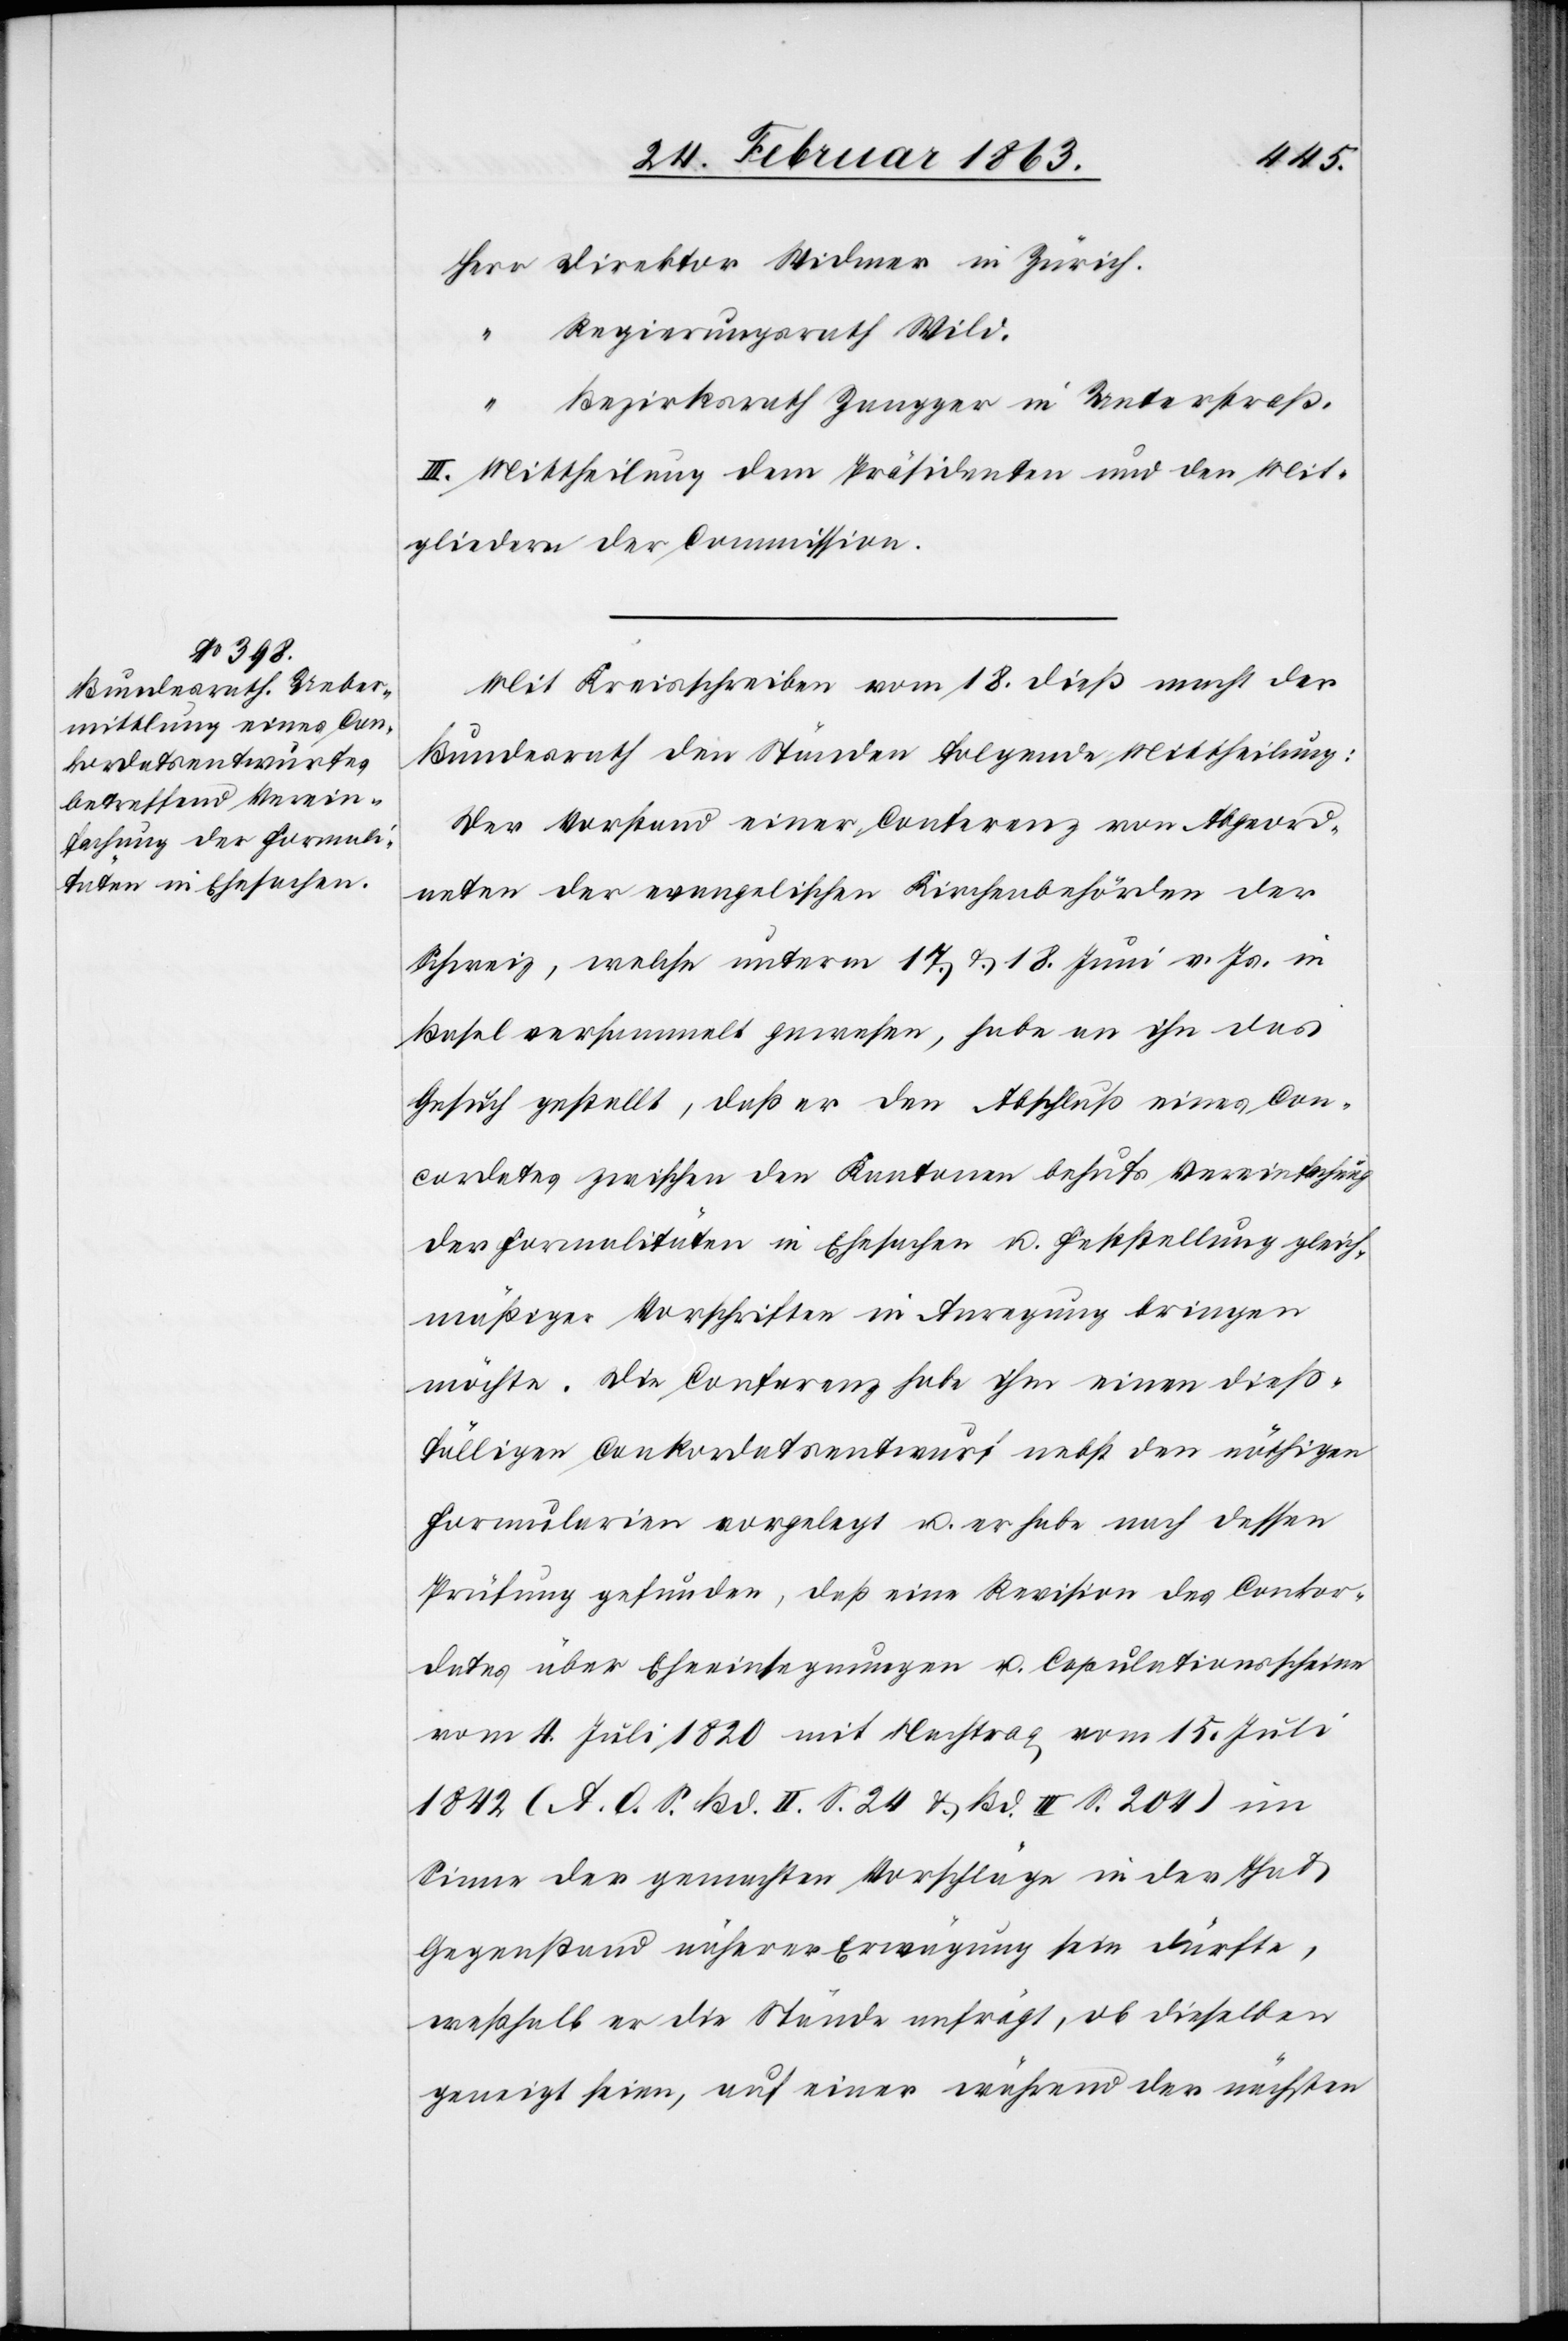
Herr Direktor Widmer in Zürich.
Regierungsrath Wild.
Bezirksrath Zangger in Unterstraß.
III. Mittheilung dem Präsidenten und den Mit¬
gliedern der Commission.
Mit Kreisschreiben vom 18. dieß macht der
Bundesrath den Ständen folgende Mittheilung:
Der Vorstand einer Conferenz von Abgeord¬
neten der evangelischen Kirchenbehörden der
Schweiz, welche unterm 17. & 18. Juni v. Js. in
Basel versammelt gewesen, habe an ihn das
Gesuch gestellt, daß er den Abschluß eines Con¬
cordates zwischen den Kantonen behufs Vereinfachung
der Formalitäten in Ehesachen u. Feststellung gleich¬
mäßiger Vorschriften in Anregung bringen
möchte. Die Conferenz habe ihm einen dieß¬
fälligen Conkordatsentwurf nebst den nöthigen
Formularien vorgelegt u. er habe nach dessen
Prüfung gefunden, daß eine Revision des Conkor¬
dates über Eheeinsegnungen u. Copulationsscheine
vom 4. Juli 1820 mit Nachtrag vom 15. Juli
1842 (A. O. S. Bd. II. S. 24 & Bd. III S. 204) im
Sinne der gemachten Vorschläge in der That
Gegenstand näherer Erwägung sein dürfte,
weßhalb er die Stände anfrägt, ob dieselben
geneigt seien, auf einer während der nächsten